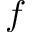
f